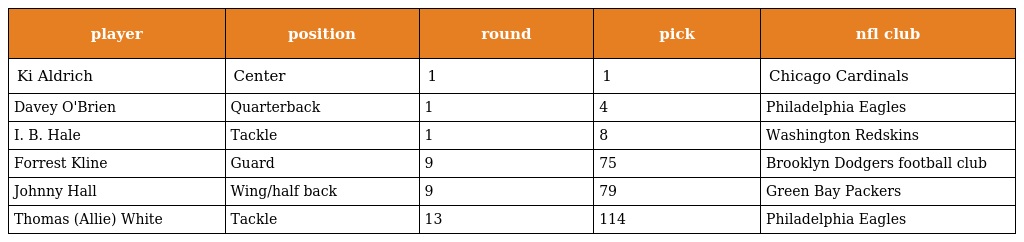
| player | position | round | pick | nfl club |
 | --- | --- | --- | --- | --- |
 | Ki Aldrich | Center | 1 | 1 | Chicago Cardinals |
 | Davey O'Brien | Quarterback | 1 | 4 | Philadelphia Eagles |
 | I. B. Hale | Tackle | 1 | 8 | Washington Redskins |
 | Forrest Kline | Guard | 9 | 75 | Brooklyn Dodgers football club |
 | Johnny Hall | Wing/half back | 9 | 79 | Green Bay Packers |
 | Thomas (Allie) White | Tackle | 13 | 114 | Philadelphia Eagles |